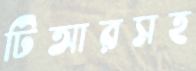
টিআরসহ